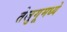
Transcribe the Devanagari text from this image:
तेलुगूमध्ये